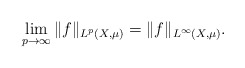
\begin{align*} \lim_{p\rightarrow\infty}\|f\|_{L^p(X,\mu)}= \|f\|_{L^\infty(X,\mu)}.\end{align*}